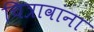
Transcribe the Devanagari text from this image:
चित्रावांना